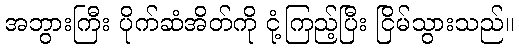
အဘွားကြီး ပိုက်ဆံအိတ်ကို ငုံ့ကြည့်ပြီး ငြိမ်သွားသည်။